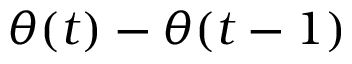
\theta ( t ) - \theta ( t - 1 )